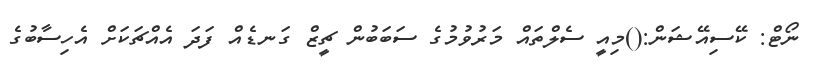
ނޯޓް: ކޭސިއޭޝަން:()މިއީ ސެލްތައް މަރުވުމުގެ ސަބަބުން ޗީޒް ގަނޑެއް ފަދަ އެއްޗަކަށް އެހިސާބުގެ